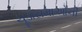
ચૂડાસમાઓની